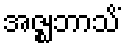
အဇ္ဈဘာသိံ